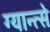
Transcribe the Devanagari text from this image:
ग्यान्त्से